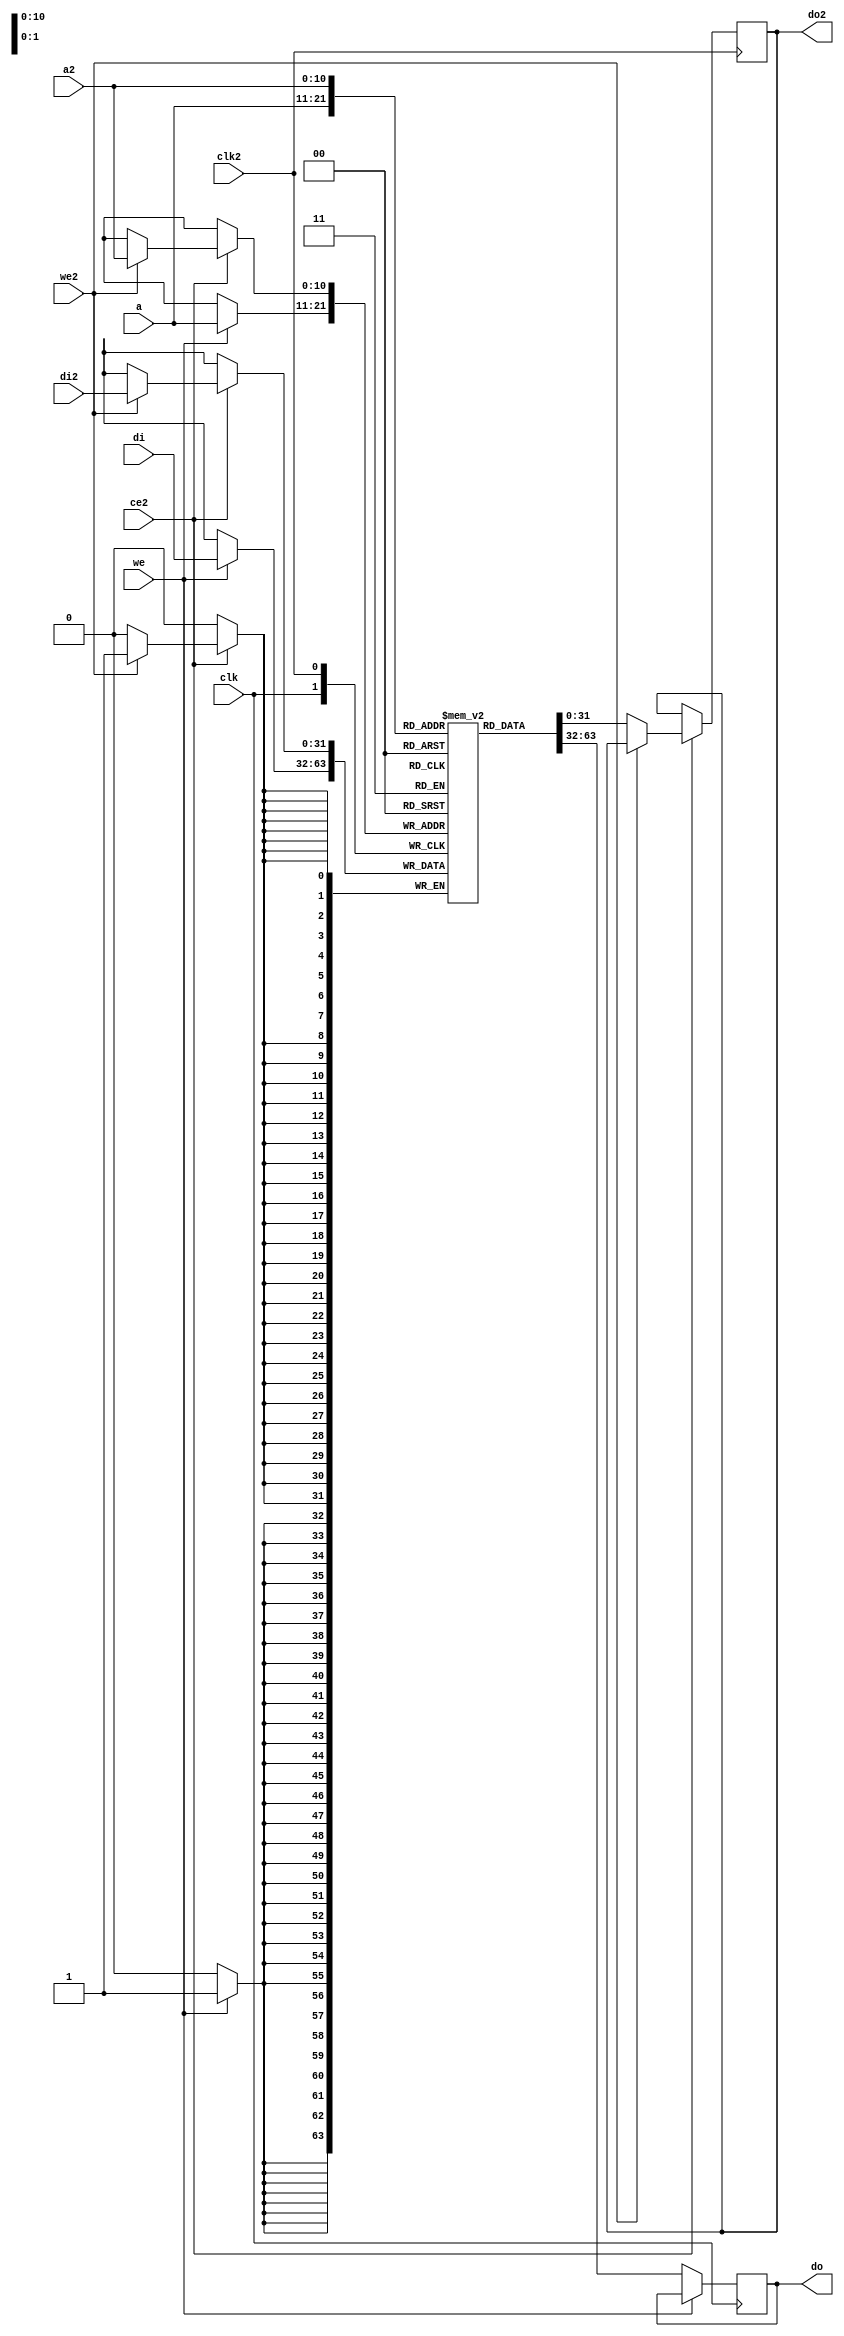
module softusb_dpram #(
	parameter depth = 11, /* < log2 of the capacity in words */
	parameter width = 32,
	parameter initfile = ""
) (
	input clk,
	input clk2,

	input [depth-1:0] a,
	input we,
	input [width-1:0] di,
	output reg [width-1:0] do,

	input ce2,
	input [depth-1:0] a2,
	input we2,
	input [width-1:0] di2,
	output reg [width-1:0] do2
);

reg [width-1:0] ram[0:(1 << depth)-1];

// synthesis translate_off
integer i;
initial begin
	if(initfile != "")
		$readmemh(initfile, ram);
	else
		for(i=0;i<(1 << depth);i=i+1)
			ram[i] = 0;
end
// synthesis translate_on

always @(posedge clk) begin
	if(we)
		ram[a] <= di;
	else
		do <= ram[a];
end

always @(posedge clk2) begin
	if(ce2) begin
		if(we2)
			ram[a2] <= di2;
		else
			do2 <= ram[a2];
	end
end

endmodule